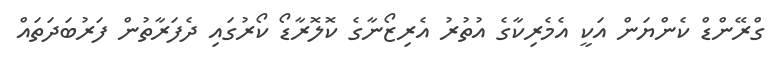
ގްރޭންޑް ކެންޔަން އަކީ އެމެރިކާގެ އުތުރު އެރިޒޯނާގެ ކޮލޮރާޑޯ ކޯރުގައި ދެފަރާތުން ފަރުބަދަތައް